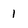
Character: 1